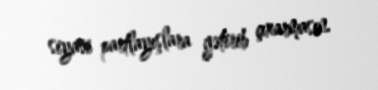
siyasi partlayışlara gətirib çıxarmasın.